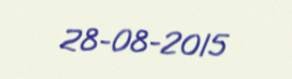
28-08-2015